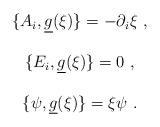
LaTeX: \begin{align*}\begin{array}{c}\{A_i,\underline{g}(\xi )\}=-\partial _i\xi \ , \\ \\\{E_i,\underline{g}(\xi )\}=0\ , \\ \\\{\psi ,\underline{g}(\xi )\}=\xi \psi \ .\end{array}\end{align*}